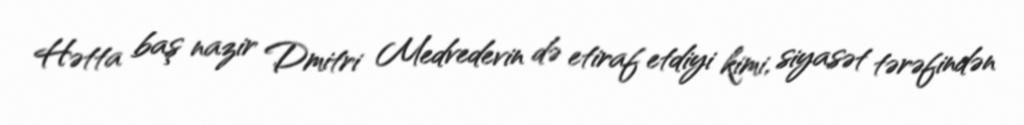
Hətta baş nazir Dmitri Medvedevin də etiraf etdiyi kimi, siyasət tərəfindən